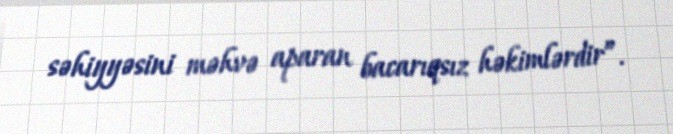
səhiyyəsini məhvə aparan bacarıqsız həkimlərdir”.